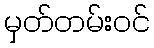
မှတ်တမ်းဝင်